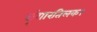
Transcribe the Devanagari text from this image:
श्रृंगारतिलक।